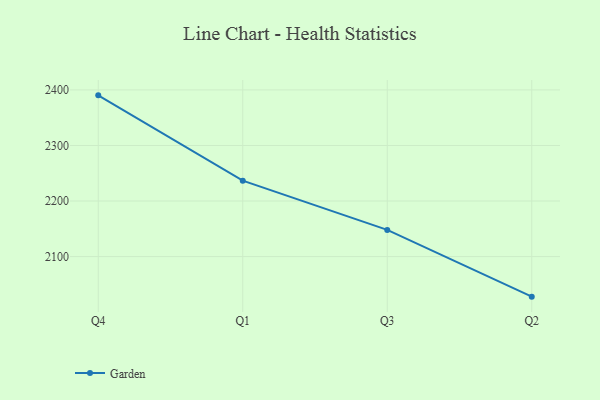
{"axis": {"x": "Quarter", "y": "Net Income (USD K)"}, "legend": ["Garden"], "data": [{"x": "Q4", "y": 2390.2, "type": "Garden"}, {"x": "Q1", "y": 2236.6, "type": "Garden"}, {"x": "Q3", "y": 2148.0, "type": "Garden"}, {"x": "Q2", "y": 2027.9, "type": "Garden"}]}